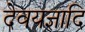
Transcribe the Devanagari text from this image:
देवयज्ञादि